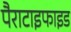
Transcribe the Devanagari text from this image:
पैराटाइफाइड